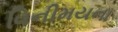
વિનીમયના